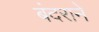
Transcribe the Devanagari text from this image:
बंदराने